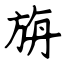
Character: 旃